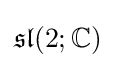
{\mathfrak {sl}}(2;\mathbb {C} )